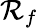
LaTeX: \mathcal{R}_{f}